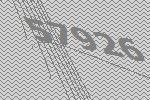
57926